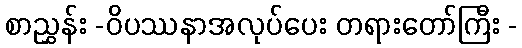
စာညွှန်း -ဝိပဿနာအလုပ်ပေး တရားတော်ကြီး -